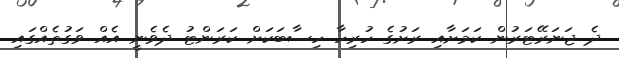
ދެ ޖަނަރޭޓަރުން ކަމަށާއި ރަށުގެ ހުރިހާ ހިސާބަކަށް ކަރަންޓު ދެވެނީ އެއް ވަގުތެއްގައި